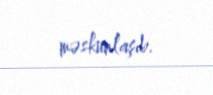
məskunlaşıb.